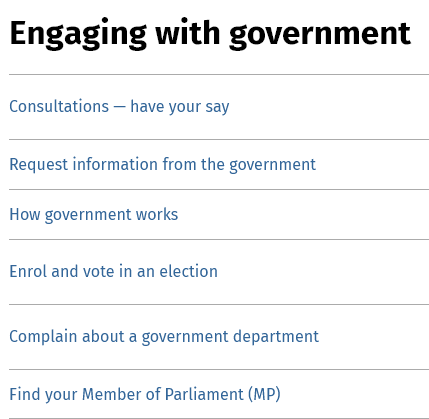
Engaging    with    government
  Consultations
     —
     have your say
  Request information from the government
  How government works
  Enrol and vote in an election
  Complain about a government department
  Find your Member of Parliament (MP)